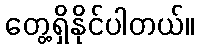
တွေ့ရှိနိုင်ပါတယ်။